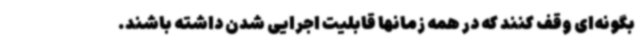
بگونه‌ای وقف کنند که در همه زمانها قابلیت اجرایی شدن داشته باشند.